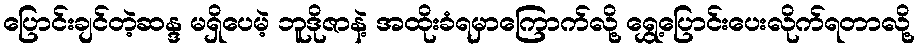
ပြောင်းချင်တဲ့ဆန္ဒ မရှိပေမဲ့ ဘူဒိုဇာနဲ့ အထိုးခံရမှာကြောက်လို့ ရွှေ့ပြောင်းပေးလိုက်ရတာလို့